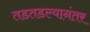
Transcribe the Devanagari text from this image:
तडतडल्यानंतर